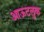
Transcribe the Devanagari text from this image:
आऊटलुक